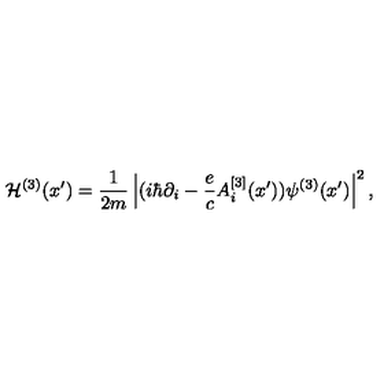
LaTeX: { \cal H } ^ { ( 3 ) } ( x { ' } ) = { \frac { 1 } { 2 m } } \left| ( i \hbar \partial _ { i } - { \frac { e } { c } } A _ { i } ^ { [ 3 ] } ( x { ' } ) ) \psi ^ { ( 3 ) } ( x { ' } ) \right| ^ { 2 } ,